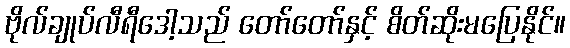
ဗိုလ်ချုပ်လီရီဒေါ့သည် တော်တော်နှင့် စိတ်ဆိုးမပြေနိုင်။